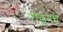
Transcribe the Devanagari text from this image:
रोइंगचे